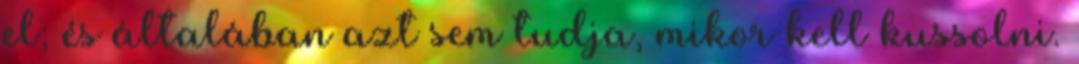
el; és általában azt sem tudja, mikor kell kussolni.